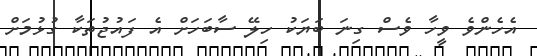
އެހެންވެ ވީހާ ވެސް ގިނަ ބަޔަކު ހިލޭ ސާބަހަށް އެ ފައުޖުތަކާ ގުޅުމަށް